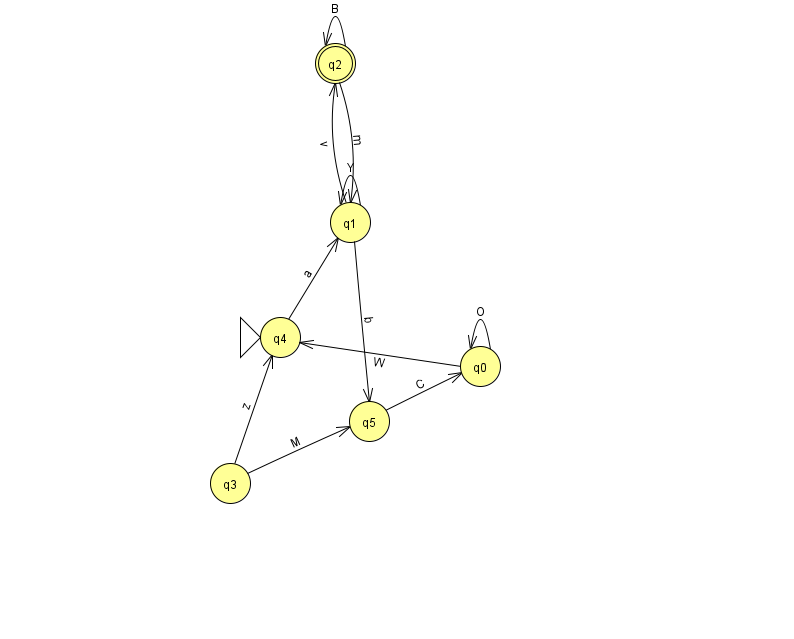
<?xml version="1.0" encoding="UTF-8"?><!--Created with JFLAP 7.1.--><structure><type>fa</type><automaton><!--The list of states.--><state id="0" name="q0"><x>480.0</x><y>353.0</y></state><state id="1" name="q1"><x>350.0</x><y>209.0</y></state><state id="2" name="q2"><x>335.0</x><y>50.0</y><final/></state><state id="3" name="q3"><x>230.0</x><y>470.0</y></state><state id="4" name="q4"><x>280.0</x><y>324.0</y><initial/></state><state id="5" name="q5"><x>369.0</x><y>408.0</y></state><!--The list of transitions.--><transition><from>1</from><to>5</to><read>b</read></transition><transition><from>2</from><to>2</to><read>B</read></transition><transition><from>4</from><to>1</to><read>a</read></transition><transition><from>0</from><to>4</to><read>W</read></transition><transition><from>2</from><to>1</to><read>m</read></transition><transition><from>3</from><to>4</to><read>z</read></transition><transition><from>3</from><to>5</to><read>M</read></transition><transition><from>5</from><to>0</to><read>C</read></transition><transition><from>1</from><to>1</to><read>Y</read></transition><transition><from>1</from><to>2</to><read>v</read></transition><transition><from>0</from><to>0</to><read>O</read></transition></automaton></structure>